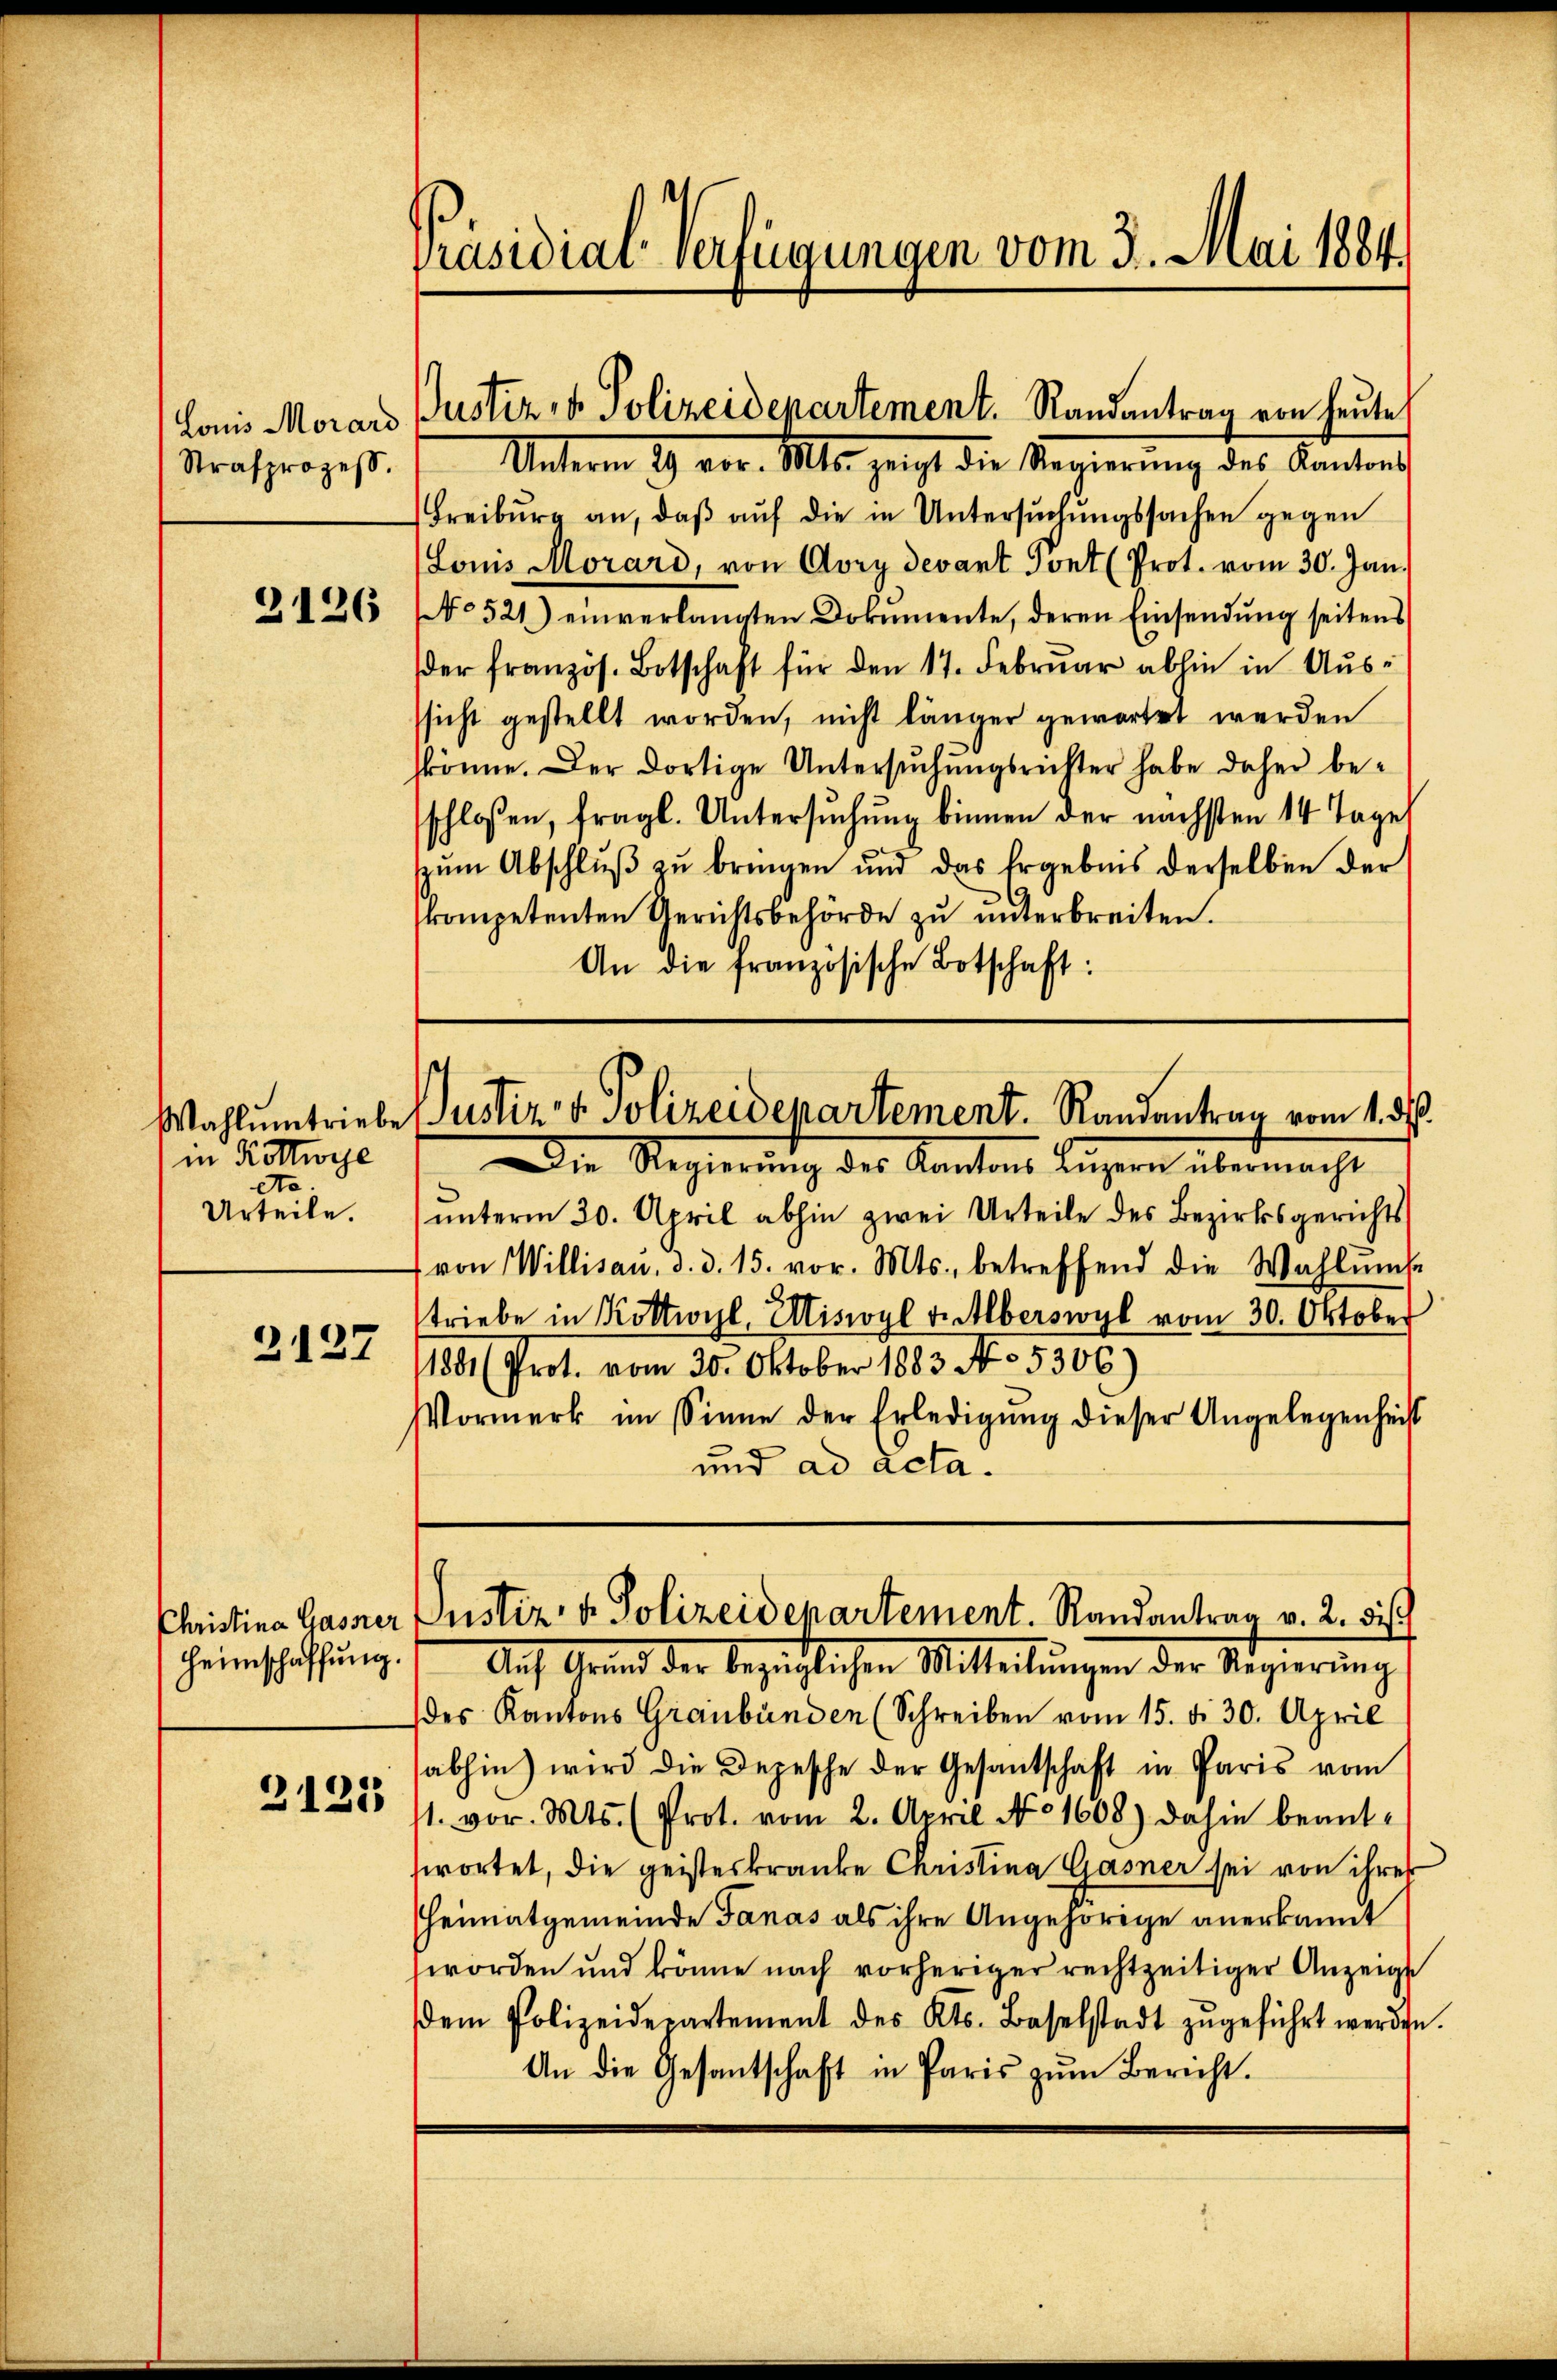
Louis Morard
Strafprozess.

2126

in Kottwese
te
Urteile.

3127

Christina Gasser
Heimschaffung.

2125

Präsidial-Verfügungen vom 3. Mai 1884

Justiz & Polizeidepartement. Randantrag von heute
Unterm 29. vor. Mts. zeigt die Regierŭng des Kantons

Freiburg an, daß auf die in Untersuchungssachen gegen
(Louis Morard, von Aory devant Pont (Prot. vom 30. Jan.
No 521.) einverlangten Dokumente, deren Einsendŭng seitens
der französ. Botschaft für den 17. Februar abhin in Ausssicht gestellt worden, nicht länger gewartet werden
könne. Der dortige Untersŭchŭngsrichter habe daher be-
schlossen, fragl. Untersuchung binnen der nächsten 14 Tages
szŭm Abschlŭβ zŭ bringen und das Ergebnis derselben der
kompetenten Gerichtsbehörde zŭ ŭnterbreiten.
An die französische Botschaft:

Wahlmtriebe Justiz v. Polizeidepartement. Randentrag vom 1. ds.

Die Regierung des Kantons Luzern übermacht
unterm 30. April abhin zwei Urteile des Bezirksgerichts
von Willisau, d. d. 15. vor. Mts., betreffend die Wahlunge
triebe in Kottwyl, Miswyl v. Alberswyl vom 30. Oktober
11801 (Prot. vom 30. Oktober 1883 No 5306)
Vormerk im Sinne der Erledigŭng dieser Angelegenheit
und ad acta.

Justiz- & Polizeidepartement. Randantrag v. 2. dis

Auf Grund der bezüglichen Mitteilungen der Regierung
des Kantons Graubünden (Schreiben vom 15. d. 30. April
sabhin) wird die Depesche der Gesandtschaft in Paris vom
11. vor. Mts. (Prot. vom 2. April No 1608) dahin beantswortet, die geisteskranke Christina Gasner sei von ihrer
heimatgemeinde Fanas als ihre Angehörige anerkannt
worden und könne nach vorheriger rechtzeitiger Anzeigte
dem Polizeidepartement des Kts. Baselstadt zŭgeführt werden.
An die Gesantschaft in Paris zŭm Bericht.